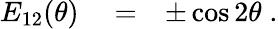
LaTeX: \begin{array}{rlr}{E_{12}(\theta)}&{{}=}&{\pm\cos 2\theta\; .}\end{array}